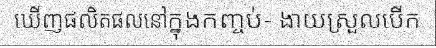
ឃើញផលិតផលនៅក្នុងកញ្ចប់- ងាយស្រួលបើក